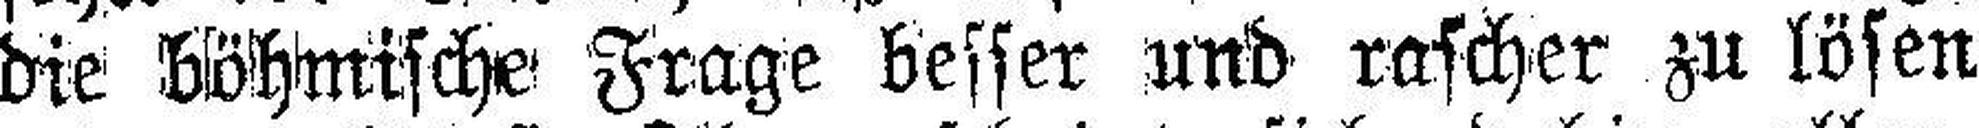
die böhmische Frage besser und rascher zu lösen